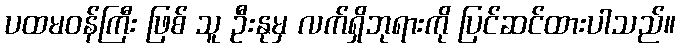
ပထမဝန်ကြီး ဖြစ် သူ ဦးနုမှ လက်ရှိဘုရားကို ပြင်ဆင်ထားပါသည်။